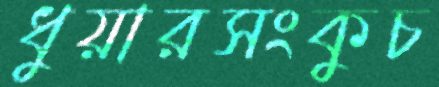
ধুয়ারসংকুচ